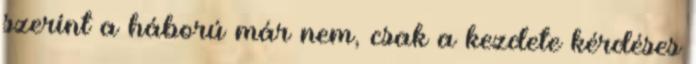
szerint a háború már nem, csak a kezdete kérdéses